Civil Veterinary Dept. North-West Frontier Province 1901-22 - 1901-1922
Year: 1901
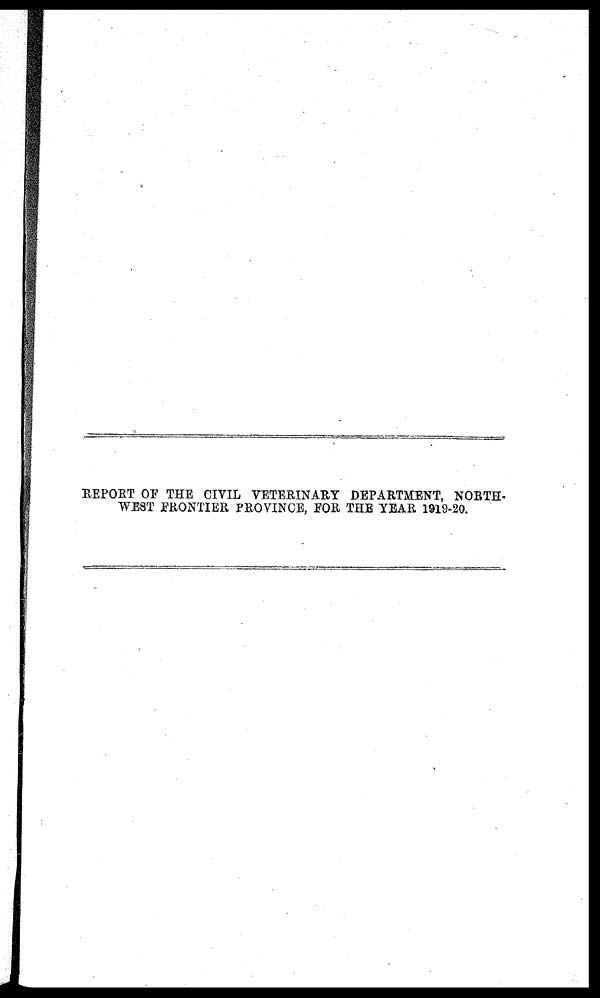
REPORT OF THE CIVIL VETERINARY DEPARTMENT, NORTH-
WEST FRONTIER PROVINCE, FOR THE YEAR 1919-20.